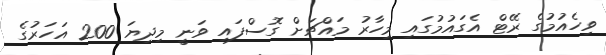
ވިހެއުމުގެ ރޭޓް އެގައުމުގައި މިހާރު މައްޗަށް ގޮސްފައި ވަނީ މިދިޔަ 200 އަހަރުގެ